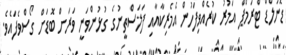
ޑޮނަލްޑް ޓްރަމްޕް އަމުރު ކުރެއްވިފަހުން އެމެރިކާއާއި ފަލަސްތީނުގެ ގުޅުންވަނީ ވަރަށް ބޮޑަށް ގޯސްވެފައެވެ.